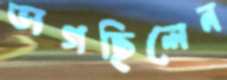
ভাগছিলেন